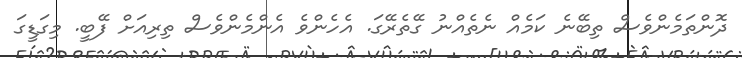
ދޮންތަމެންވެސް ތިބޭނެ ކަމެއް ނެތެއްނު ގޭތެރޭގަ. އެހެންވެ އެންމެންވެސް ތިރިއަށް ފޭބީ. މިގަޑީގަ